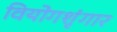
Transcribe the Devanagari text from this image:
वियोगशृंगार